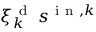
\xi _ { k } ^ { \mathrm { ~ d ~ } } \: s ^ { \mathrm { ~ i ~ n ~ } , k }